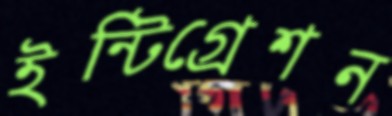
ইন্টিগ্রেশন